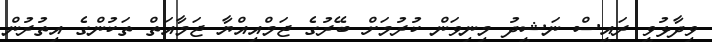
ވިދާޅުވީ ރައީސް ނަޝީދު މިނިވަން ކުރުމަށް ބޭރުގެ ޖަމްއިއްޔާ ޖަމާއަތް ތަކުންގެ އިތުރުން